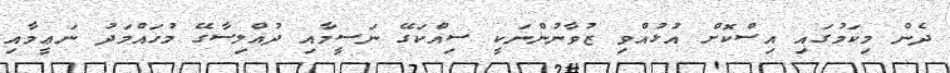
ދެން މިކަމުގައި އިސްކޮށް އުޅުއްވި ޒުވާނުންނަކީ ސިއްކަގޭ ނަސީމާއި ދުއްލިސާގޭ މުހައްމަދު ނަޢީމާއި